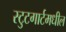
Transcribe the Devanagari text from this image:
स्टुटगार्टमधील